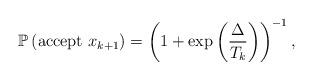
LaTeX: \begin{align*} \mathbb{P}\left(\mathrm{accept}\ x_{k+1}\right) =\left(1+\exp\left(\frac{\Delta}{T_k} \right)\right)^{-1},\end{align*}